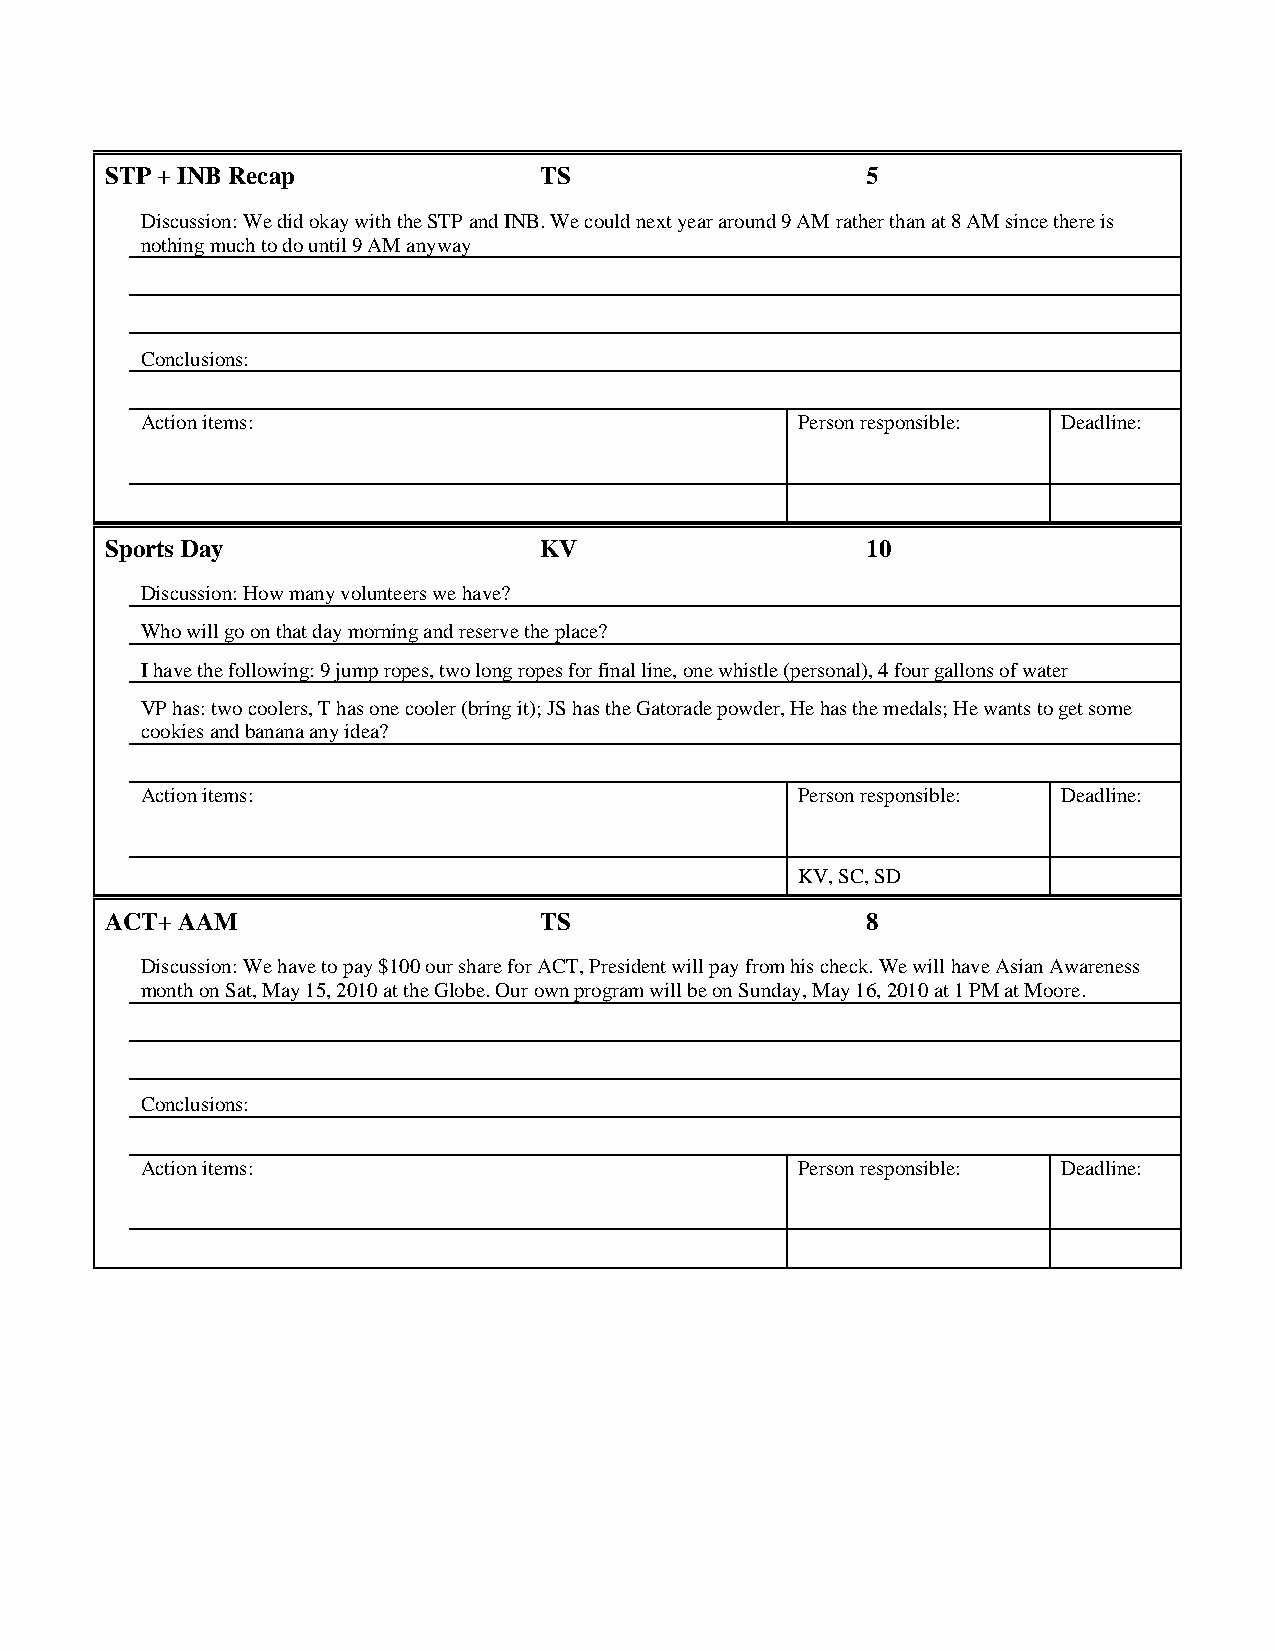
STP + INB Recap              TS                   5
 Discussion: We did okay with the STP and INB. We could next year around 9 AM rather than at 8 AM since there is
 nothing much to do until 9 AM anyway
 Conclusions:
 Action items:                               Person responsible: Deadline:
 Sports Day                   KV                   10
 Discussion: How many volunteers we have?
 Who will go on that day morning and reserve the place?
 I have the following: 9 jump ropes, two long ropes for final line, one whistle (personal), 4 four gallons of water
 VP has: two coolers, T has one cooler (bring it); JS has the Gatorade powder, He has the medals; He wants to get some
 cookies and banana any idea?
 Action items:                               Person responsible: Deadline:
 KV, SC, SD
 ACT+ AAM                     TS                   8
 Discussion: We have to pay $100 our share for ACT, President will pay from his check. We will have Asian Awareness
 month on Sat, May 15, 2010 at the Globe. Our own program will be on Sunday, May 16, 2010 at 1 PM at Moore.
 Conclusions:
 Action items:                               Person responsible: Deadline: